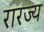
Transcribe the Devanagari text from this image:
रारज्य